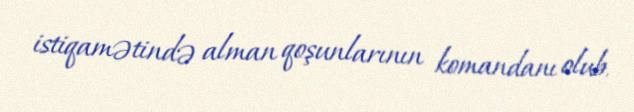
istiqamətində alman qoşunlarının komandanı olub.